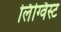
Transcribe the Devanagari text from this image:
लिंग्विस्ट